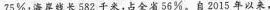
75\%；海岸线长582千米，占全省56\%。自2015年以来，